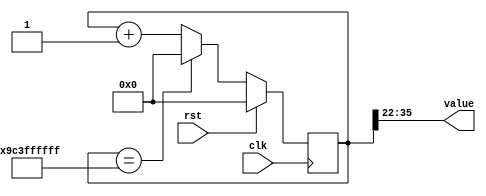
/*
   This file was generated automatically by the Mojo IDE version B1.3.6.
   Do not edit this file directly. Instead edit the original Lucid source.
   This is a temporary file and any changes made to it will be destroyed.
*/

/*
   Parameters:
     SIZE = 14
     DIV = 22
     TOP = 9999
     UP = 1
*/
module counter_3 (
    input clk,
    input rst,
    output reg [13:0] value
  );
  
  localparam SIZE = 4'he;
  localparam DIV = 5'h16;
  localparam TOP = 14'h270f;
  localparam UP = 1'h1;
  
  
  reg [35:0] M_ctr_d, M_ctr_q = 1'h0;
  
  localparam MAX_VALUE = 36'h9c3ffffff;
  
  always @* begin
    M_ctr_d = M_ctr_q;
    
    value = M_ctr_q[22+13-:14];
    if (1'h1) begin
      M_ctr_d = M_ctr_q + 1'h1;
      if (1'h1 && M_ctr_q == 36'h9c3ffffff) begin
        M_ctr_d = 1'h0;
      end
    end else begin
      M_ctr_d = M_ctr_q - 1'h1;
      if (1'h1 && M_ctr_q == 1'h0) begin
        M_ctr_d = 36'h9c3ffffff;
      end
    end
  end
  
  always @(posedge clk) begin
    if (rst == 1'b1) begin
      M_ctr_q <= 1'h0;
    end else begin
      M_ctr_q <= M_ctr_d;
    end
  end
  
endmodule